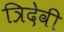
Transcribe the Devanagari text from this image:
त्रिदेवी